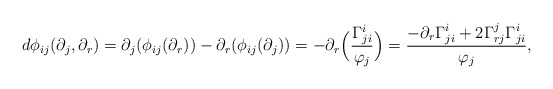
\begin{align*} d\phi_{ij}(\partial_j,\partial_r)=\partial_j(\phi_{ij}(\partial_r))-\partial_r(\phi_{ij}(\partial_j))=-\partial_r\Big(\frac{\Gamma_{ji}^i}{\varphi_j}\Big)=\frac{-\partial_r\Gamma_{ji}^i+2\Gamma_{rj}^j\Gamma_{ji}^i}{\varphi_j}, \end{align*}